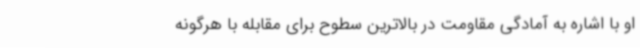
او با اشاره به آمادگی مقاومت در بالاترین سطوح برای مقابله با هرگونه